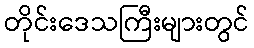
တိုင်းဒေသကြီးများတွင်